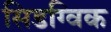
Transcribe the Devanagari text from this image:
सिडग्विक